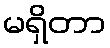
မရှိတာ